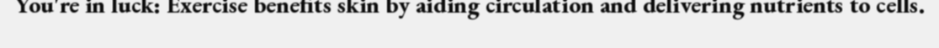
You're in luck: Exercise benefits skin by aiding circulation and delivering nutrients to cells.